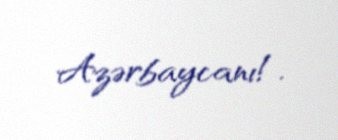
Azərbaycanı!.